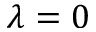
\lambda = 0